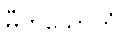
ဓီတုသောကံ